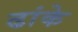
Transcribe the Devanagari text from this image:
ढांके